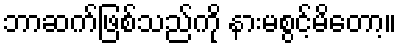
ဘာဆက်ဖြစ်သည်ကို နားမစွင့်မိတော့။